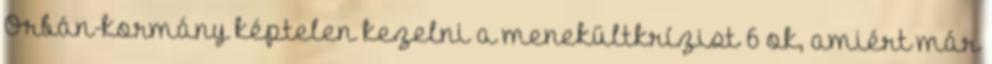
Orbán-kormány képtelen kezelni a menekültkrízist 6 ok, amiért már